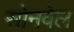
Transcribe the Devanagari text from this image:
सोनवेल